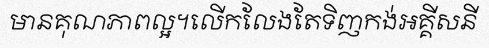
មានគុណភាពល្អ។លើកលែងតែទិញកង់អគ្គីសនី